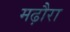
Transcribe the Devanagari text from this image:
मढ़ौरा